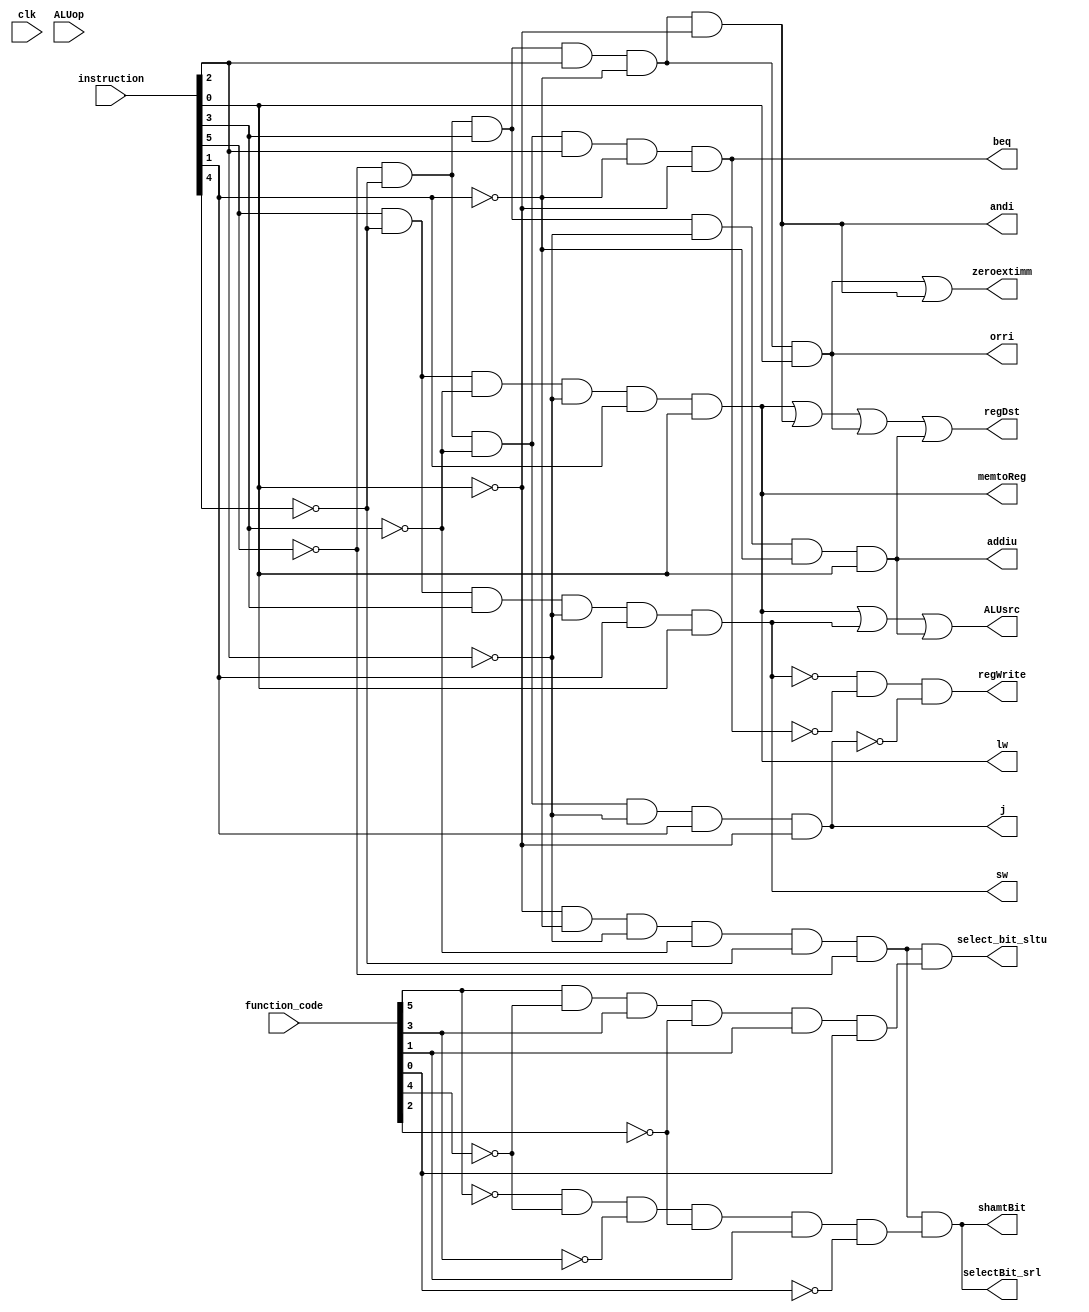
module common_control_unit(clk, select_bit_sltu, selectBit_srl,
	shamtBit,andi,orri,addiu,lw,sw,beq,j, function_code, instruction,
	ALUsrc, ALUop,
	
	regWrite, memtoReg,
	regDst,zeroextimm
	);

	output select_bit_sltu, selectBit_srl,shamtBit,andi,orri,addiu,lw,sw,beq,j,regDst;


input clk;
input [5:0] instruction;
input [5:0] function_code;
output zeroextimm;
output ALUsrc;
input [1:0] ALUop;
output memtoReg, regWrite;


wire srl, sltu;
wire instruction_000000; 

and and_4(instruction_000000, ~instruction[0], ~instruction[1], ~instruction[2], ~instruction[3],
			~instruction[4], ~instruction[5]);

and and6_2(sltu, function_code[5], ~function_code[4], function_code[3], ~function_code[2],
				function_code[1], function_code[0]);

and and6_3(srl, ~function_code[5], ~function_code[4], ~function_code[3], ~function_code[2],
				function_code[1], ~function_code[0]);

and and_1(select_bit_sltu, instruction_000000, sltu);
and and_2(selectBit_srl, instruction_000000, srl);
and and_3(shamtBit, instruction_000000, srl);

and and_11(andi, ~instruction[5], ~instruction[4], instruction[3], instruction[2],
			~instruction[1], ~instruction[0]);
		
and and_5(orri, ~instruction[5], ~instruction[4], instruction[3], instruction[2],
			~instruction[1], instruction[0]);
			
and and_6(addiu, ~instruction[5], ~instruction[4], instruction[3], ~instruction[2],
			~instruction[1], instruction[0]);
			
and and_7(lw, instruction[5], ~instruction[4], ~instruction[3], ~instruction[2],
			instruction[1], instruction[0]);
	
and and_8(sw, instruction[5], ~instruction[4], instruction[3], ~instruction[2],
			instruction[1], instruction[0]);
			
and and_9(beq, ~instruction[5], ~instruction[4], ~instruction[3], instruction[2],
			~instruction[1], ~instruction[0]);
			
and and_10(j, ~instruction[5], ~instruction[4], ~instruction[3], ~instruction[2],
			instruction[1], ~instruction[0]);
			
or or_1(ALUsrc, lw, sw,addiu);

and and_12(memtoReg, lw, lw);
and and_13(regWrite, ~sw, ~beq,~j);

or or_14(regDst, lw, andi,orri,addiu);

wire aluop_first,ALUop_second;
and and_148(aluop_first, instruction_000000, instruction_000000);
or or_2323(ALUop[1],orri,andi,addiu,aluop_first);

and and_144(ALUop_second, beq, beq);
or or_25553(ALUop[0],orri,andi,addiu,ALUop_second);

or orhebe(zeroextimm,orri,andi);

always @(posedge clk) begin
	#1;

end

endmodule